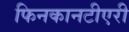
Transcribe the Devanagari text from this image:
फिनकानटीएरी